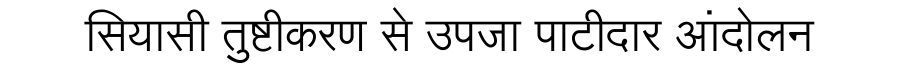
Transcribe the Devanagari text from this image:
सियासी तुष्टीकरण से उपजा पाटीदार आंदोलन